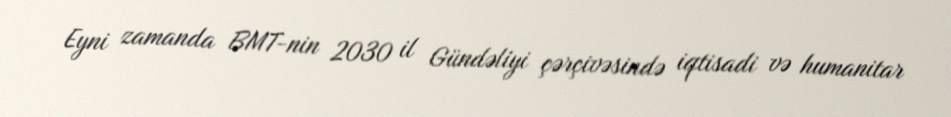
Eyni zamanda BMT-nin 2030 il Gündəliyi çərçivəsində iqtisadi və humanitar